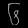
Digit: ၆